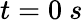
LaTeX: t=0~s